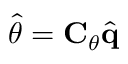
\widehat { \theta } = \mathbf { C } _ { \theta } \widehat { \mathbf { q } }